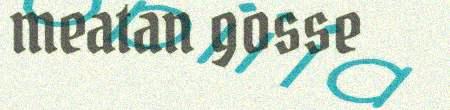
meatan gosse